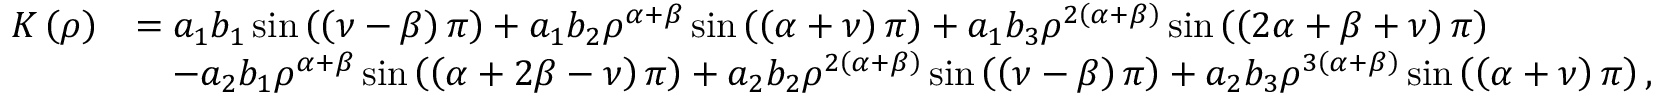
\begin{array} { r l } { K \left( \rho \right) } & { = a _ { 1 } b _ { 1 } \sin \left( \left( \nu - \beta \right) \pi \right) + a _ { 1 } b _ { 2 } \rho ^ { \alpha + \beta } \sin \left( \left( \alpha + \nu \right) \pi \right) + a _ { 1 } b _ { 3 } \rho ^ { 2 \left( \alpha + \beta \right) } \sin \left( \left( 2 \alpha + \beta + \nu \right) \pi \right) } \\ & { \quad - a _ { 2 } b _ { 1 } \rho ^ { \alpha + \beta } \sin \left( \left( \alpha + 2 \beta - \nu \right) \pi \right) + a _ { 2 } b _ { 2 } \rho ^ { 2 \left( \alpha + \beta \right) } \sin \left( \left( \nu - \beta \right) \pi \right) + a _ { 2 } b _ { 3 } \rho ^ { 3 \left( \alpha + \beta \right) } \sin \left( \left( \alpha + \nu \right) \pi \right) , } \end{array}